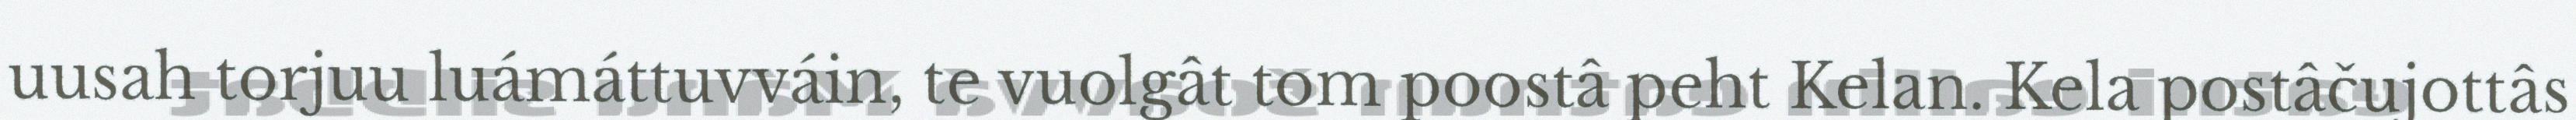
uusah torjuu luámáttuvváin, te vuolgât tom poostâ peht Kelan. Kela postâčujottâs